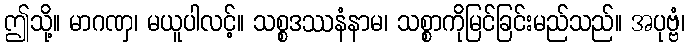
ဤသို့။ မာဂဏှ၊ မယူပါလင့်။ သစ္စဒဿနံနာမ၊ သစ္စာကိုမြင်ခြင်းမည်သည်။ အပုဗ္ဗံ၊